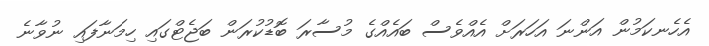
އެހެނކަމުން އަންނަ އަހަރަށް އެއްވެސް ބައެއްގެ މުސާރަ ބޮޑުކުރަން ބަޖެޓްގައި ހިމަނާފައި ނުވާނެ